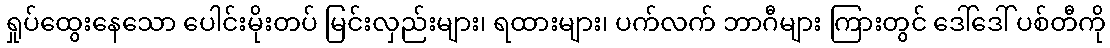
ရှုပ်ထွေးနေသော ပေါင်းမိုးတပ် မြင်းလှည်းများ၊ ရထားများ၊ ပက်လက် ဘာဂီများ ကြားတွင် ဒေါ်ဒေါ် ပစ်တီကို